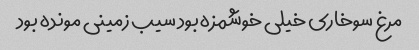
مرغ سوخاری خیلی خوشمزه بود سیب زمینی مونده بود